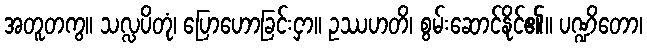
အတူတကွ။ သလ္လပိတုံ၊ ပြောဟောခြင်းငှာ။ ဥဿဟတိ၊ စွမ်းဆောင်နိုင်၏။ ပဏ္ဍိတော၊